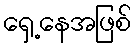
ရှေ့နေအဖြစ်